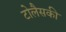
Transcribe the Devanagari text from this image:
टोलैसकी